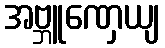
အဗ္ဘူဏှေယျ